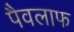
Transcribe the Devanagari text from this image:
पैवलाफ